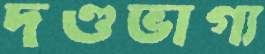
দণ্ডভাগ্য